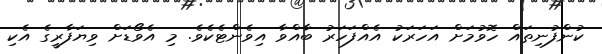
ކުންފުނިތައް ހޮވުމަށް އަހަރަކު އެއްފަހަރު ބާއްވާ އިވެންޓެކެވެ. މި އެވޯޑަށް ވިޔަފާރީގެ އެކި